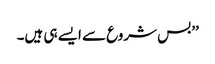
’’بس شروع سے ایسے ہی ہیں۔